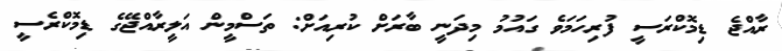
ރާއްޖެ ޑިމޮކްރަސީ ފުރިހަމަވެ ގައުމު މިދަނީ ބާރަށް ކުރިއަށް: ތަސްމީން އަލީރާއްޖޭގެ ޑިމޮކްރެސީ